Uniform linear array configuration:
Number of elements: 8
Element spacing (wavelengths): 0.5
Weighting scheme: kaiser
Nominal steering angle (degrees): -60
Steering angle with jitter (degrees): -59.505
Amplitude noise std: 0.05
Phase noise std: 0.05

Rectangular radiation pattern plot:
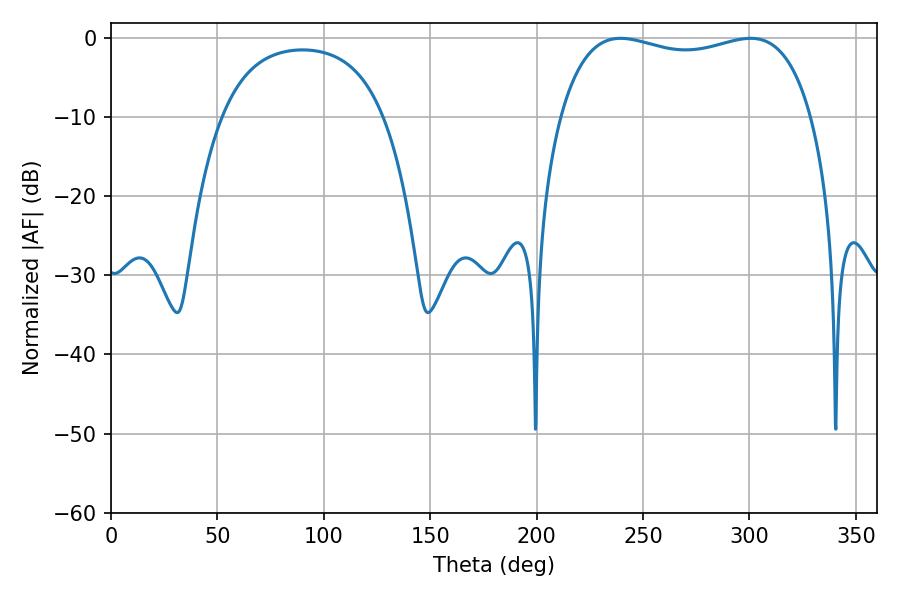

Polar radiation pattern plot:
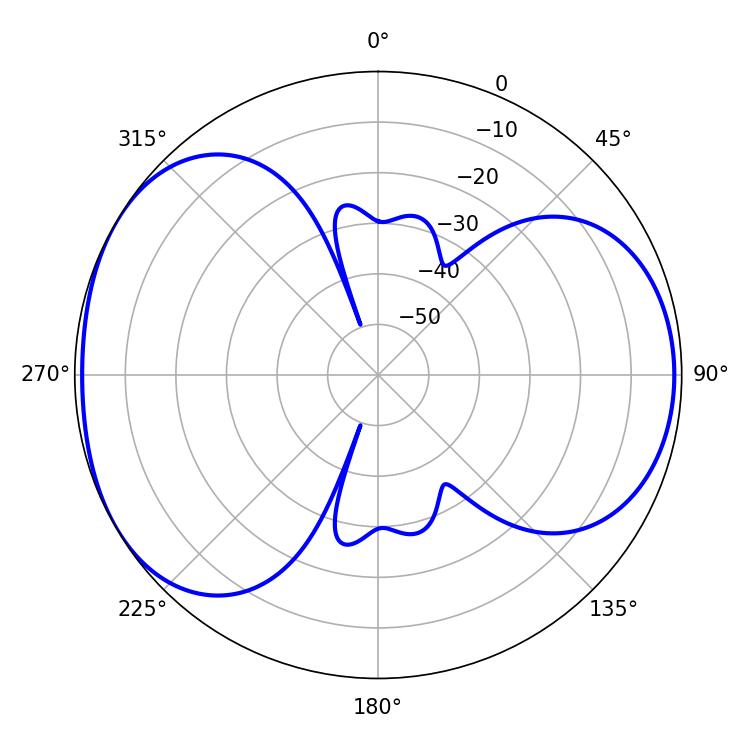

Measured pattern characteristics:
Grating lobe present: FALSE
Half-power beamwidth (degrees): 96.48
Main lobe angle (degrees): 239.4